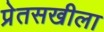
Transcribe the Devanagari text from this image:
प्रेतसखीला